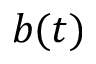
b ( t )